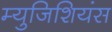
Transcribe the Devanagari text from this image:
म्युजिशियंस